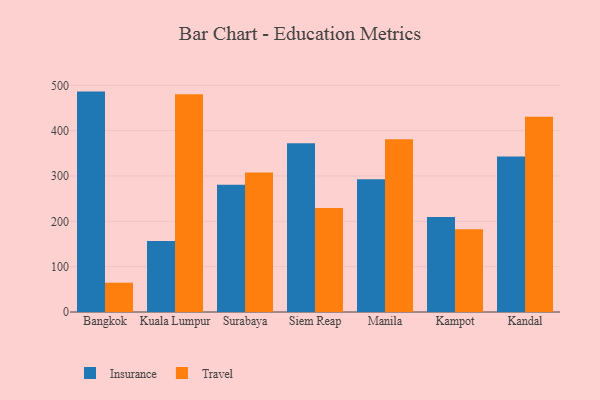
{"axis": {"x": "City", "y": "Market Share (%)"}, "legend": ["Insurance", "Travel"], "data": [{"x": "Bangkok", "y": 486.1, "type": "Insurance"}, {"x": "Bangkok", "y": 64.6, "type": "Travel"}, {"x": "Kuala Lumpur", "y": 156.7, "type": "Insurance"}, {"x": "Kuala Lumpur", "y": 480.2, "type": "Travel"}, {"x": "Surabaya", "y": 280.4, "type": "Insurance"}, {"x": "Surabaya", "y": 307.8, "type": "Travel"}, {"x": "Siem Reap", "y": 372.1, "type": "Insurance"}, {"x": "Siem Reap", "y": 229.1, "type": "Travel"}, {"x": "Manila", "y": 293.0, "type": "Insurance"}, {"x": "Manila", "y": 380.9, "type": "Travel"}, {"x": "Kampot", "y": 209.4, "type": "Insurance"}, {"x": "Kampot", "y": 182.7, "type": "Travel"}, {"x": "Kandal", "y": 343.2, "type": "Insurance"}, {"x": "Kandal", "y": 430.6, "type": "Travel"}]}